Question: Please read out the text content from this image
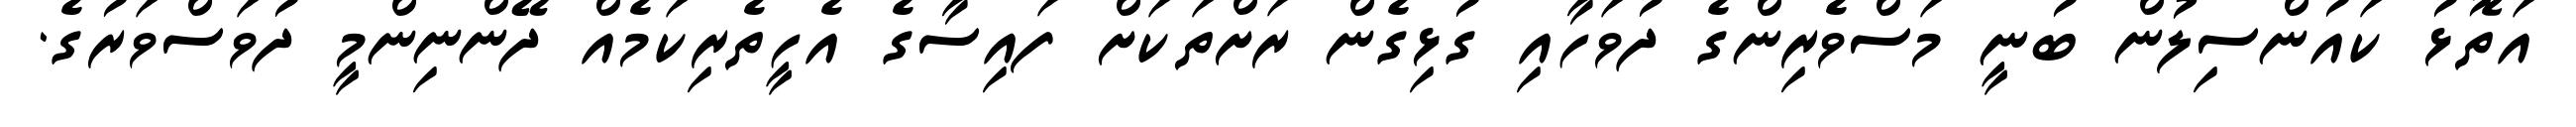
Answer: އަތޮޅު ކައުންސިލުން ބުނީ މަސްވެރިންގެ ދުވަހާއި ގުޅިގެން ރަށްތަކަށް ފައިސާގެ އެހީތެރިކަމެއް ދޭންނިންމީ ދުވަސްވަރުގެ.